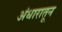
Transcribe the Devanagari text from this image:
अंधारातून